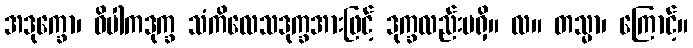
အဒုက္ခော၊ ဝိပါကဒုက္ခ သံကိလေသဒုက္ခအားဖြင့် ဒုက္ခလည်းမရှိ။ လ။ တသ္မာ၊ ကြောင့်။